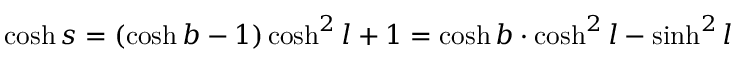
\cosh s = ( \cosh b - 1 ) \cosh ^ { 2 } l + 1 = \cosh b \cdot \cosh ^ { 2 } l - \sinh ^ { 2 } l